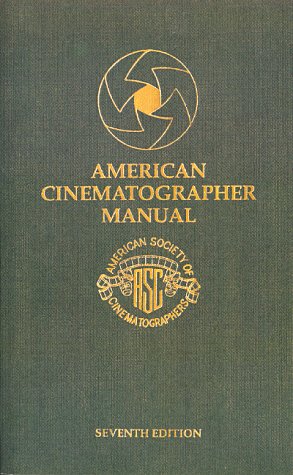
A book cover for American Cinematographer Manual; Arts & Photography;